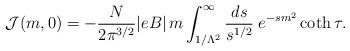
LaTeX: \begin{align*}{\cal J}(m,0) = -\frac{N}{2\pi^{3/2}}|eB|\,m \int_{1/\Lambda^2}^{\infty}\frac{ds}{s^{1/2}}\; e^{-s m^2}\coth \tau.\end{align*}